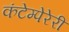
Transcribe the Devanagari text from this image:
कंटेम्पेरेरी